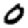
Digit: 0